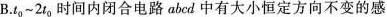
B.t_{0}~2t_{0} 时间内闭合电路abed中有大小恒定方向不变的感